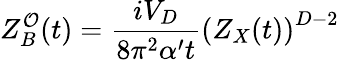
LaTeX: Z_{B}^{\mathcal{O}}(t)={\frac{{iV_{D}}}{{8\pi^{2}\alpha^{\prime}t}}}\left(Z_{X}(t)\right)^{D-2}